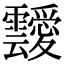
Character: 靉